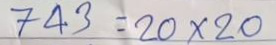
743 = 20 x 20